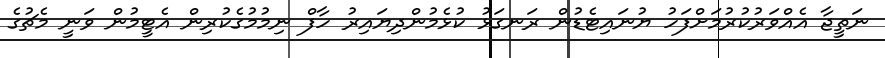
ނަތީޖާ އެއްވަރުކުރުމަށްފަހު ޔުނައިޓެޑުން ރަނގަޅު ކުޅެމުންދިޔައިރު ހާފް ނިމުމުގެކުރިން އެޓީމުން ވަނީ މެޗުގެ